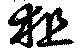
狙